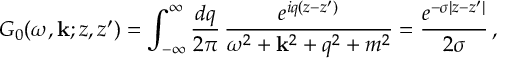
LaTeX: { \cal G } _ { 0 } ( \omega , { \bf k } ; z , z ^ { \prime } ) = \int _ { - \infty } ^ { \infty } \frac { d q } { 2 \pi } \, \frac { e ^ { i q ( z - z ^ { \prime } ) } } { \omega ^ { 2 } + { \bf k } ^ { 2 } + q ^ { 2 } + m ^ { 2 } } = \frac { e ^ { - \sigma | z - z ^ { \prime } | } } { 2 \sigma } \, ,